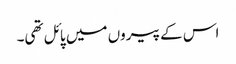
اس کے پیروں میں پائل تھی۔